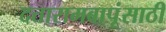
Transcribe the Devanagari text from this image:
दत्तारामबापूंसाठी